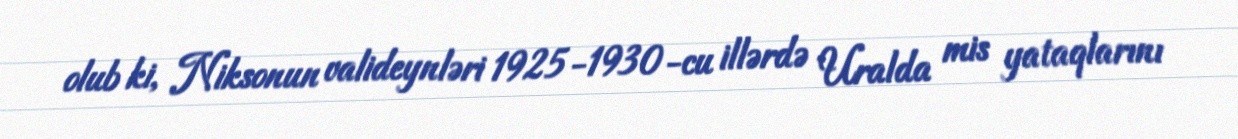
olub ki, Niksonun valideynləri 1925-1930-cu illərdə Uralda mis yataqlarını